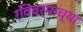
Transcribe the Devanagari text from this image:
रविवर्माच्या